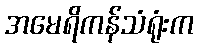
အမေရိကန်သံရုံးက